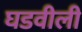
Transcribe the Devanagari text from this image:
घडवीली